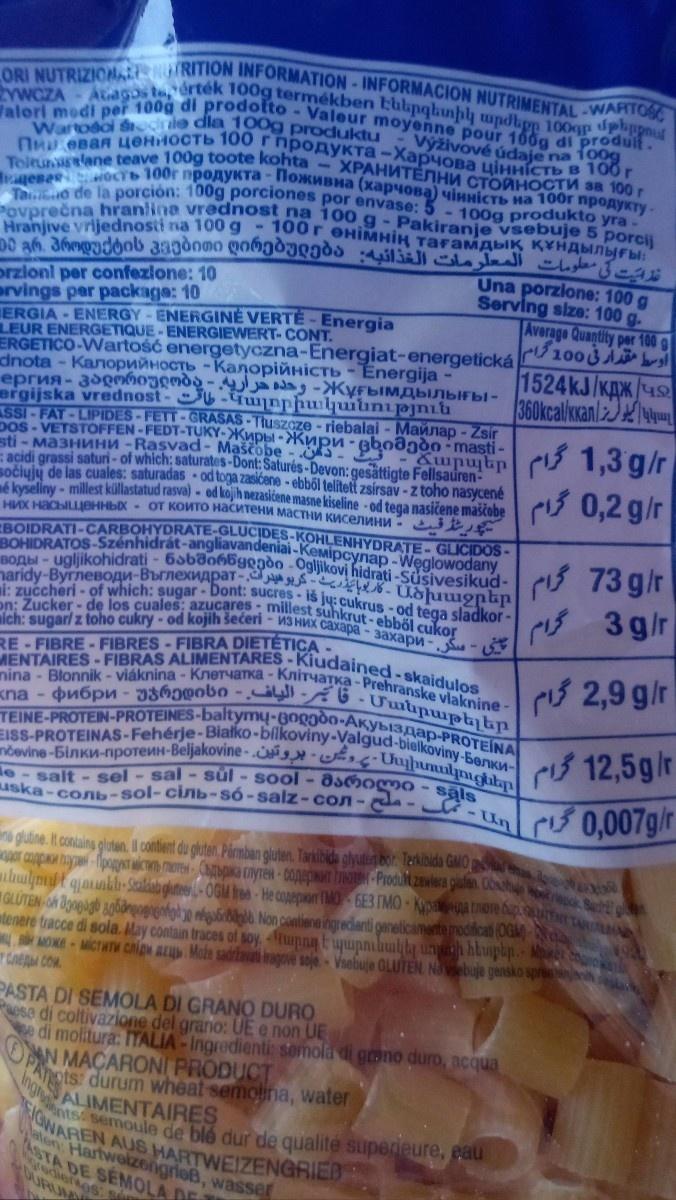
ORI NUTRIZIONALE NUTRITION INFORMATION - INFORMACION NUTRIMENTAL-WARTOS Walori modi per 100g di prodotto - Valeur moyenne pour 100g di produit. YWCZA - Atagos to, érték 100g termékben tbbpqbunphy wpdbpp 100gp phppl При евая ценность 100 г продукта - Харчова Wartodoi diednie dla 100g produktu Toitumisalane teave 100g toote kohta - XPАHиTЕNH HHÍCTь в 100 r ищевая кость 100г продукта - Поживна (харчова) цiннiсть на 100г продукту. СТОЙНОСТИ за 100 г
Výživové údaje na 100g
Tamo de la porción: 100g porciones por envase: 5 Povprečna g-Pakiranje vsebuje 5 porcij Hranjive TаFаMAыIK KYHAыinblf bl: 100g produkto yra
HIHIH ეს გრ პროდუქტის კვებითი ღირებულება : 45SN
hranlina von 100 vrijednosti na 100 g 100
ვა
orzioni per confezione: 10 ervings per package: 10
ERGIA-ENERGY-ENERGINE VERTÉ-Energia
LEUR ENERGETIQUE-ENERGIEWERT-CONT.
ERGETICO-Wartość energetyczna-Energiat-energetická dnota - Калорийность - Калорійність - Energija-Կալորիականություն
ergijska vrednostASSI-FAT-LIPIDES-FETT-GRASAS-Tłuszcze riebalai - Maйлap - Zsír sti-мазнини -Rasvad- Maščobe-3Ճարպեր
acidi grassi saturi- of which: saturates-Dont: Saturés-Devon: gesättigte Fellsaurensočiųjų de las cuales: saturadas-od toga zasićene - ebből telített zsírsav - z toho nasycené mé kyseliny- millest küllastatud rasva) - od kojih nezasićene masne kiseline - od tega nasičene maščobe них насыщенных - от които наситени мастни киселини. BOIDRATI-CARBOHYDRATE-GLUCIDES-KOHLENHYDRATEBOHIDRATOS-Szénhidrát-anggandeniai-Kemipynap-Węglowodany BOAыl- ugljikohidrati - 6sbogedo Ogljikovi hidrati-Süsivesikud1: zuccheri- of which: sugar - Dont: sucres - iš jų: cukrus-od tega sladkorhandy-Вуглеводи Въглехидра Йоrmgp p On: Zucker- de los cuales; azucares- millest suhkrut- ebből cukor mich: sugar/ z toho cukry - od kojih šećeri - 13 ниX саxаpа - заxариGLICIDOSRE-FIBRE-FIBRES - FIBRA DIETÉTICA
MENTAIRES-FIBRAS ALIMENTARES-Kiudained-skaidulos nina - Blonnik - viáknina - Kлетчатка - Kлiтчaткa-Prehranske vlaknineкnа - ибри - 36b-6-Uulipwpttp
Una porzione: 100 g Serving size: 100 g. Average Quantity per 100 g
100 1524kJ/KAXS
360kcalikkan
چینی - سكر
PASTA DI SEMOLA DI GRANO DURO aese di coltivazione del grano: UE e non UE
e di molitura: ITALIA-Ingredienti: semola di grano duro, acqua
IGWAREN AUS HARTWEIZENGRIED
aten: Hartweizengrieß, wasser
SEMOLA DE T
ON MACARONI PRODUCT
ATES
Ingredie
ots: durum wheat semolina, water ALIMENTAIRES
ents: semoule de blé dur de qualite superieure, eau
was com
1,3g/r گرام
EISS-PROTEINAS-Fehérje-Białko-bilkoviny-Valgud-bielkoviny-bелкиTEINE-PROTEIN-PROTEINES-baltymų-Boggoo-Акуыздар-PROTEINA nčevine-бiлки-протеин-Beljakovine-Uuhumulmightp e-salt- sel-sal-sul- sool - asmomo-sals
uska-conь-sol-ciль-só-salz-con-- Un
ne glutine. It contains gluten. Il contient du gluten. Pärmban gluten. Tarkibida glyuter bor. Terkibida GMO masa per coppaion hayo Mpogost wichto more. Chapaika (myren - coppepart from Produkt zawiera giden. Ook builymit qaunkh-Sisaldab gluteen-OGM free-He copepor TMO-6E3 IMO-Kipapa more up
"GLUTER არ შეიცავს გენმოდიფიცირებულ ორგანიზმებს. Non coatiene ingrediani qaneli:smste modicat (OGk)tenere tracce di sola. May contain traces of soy. Tupant uupnihutty urush hluptp.- M BH MONE-MICTWTM chip AE. Može sadržavati tragove soje Vsebuje GLUTEN. No vsebuje gensko spre следы сом.
0,2 g/r
73 g/r
3gir گرام
2,9g/r گرام
12,5g/r 0,007g/r
PHAYEN